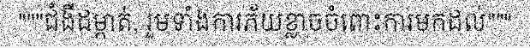
"""ជំងឺដម្កាត់, រួមទាំងការភ័យខ្លាចចំពោះការមកដល់"""